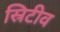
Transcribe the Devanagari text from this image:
स्रिटीव